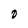
Character: O